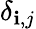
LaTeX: \delta_{\mathbf{i},j}